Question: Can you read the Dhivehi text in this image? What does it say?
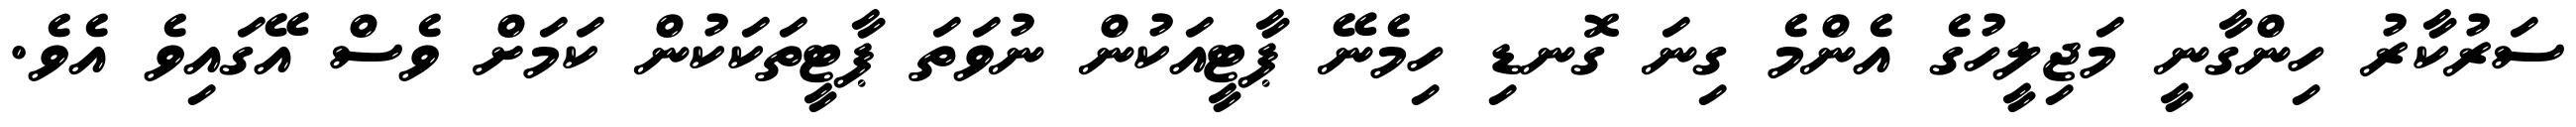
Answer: ސަރުކާރު ހިންގާނީ މަޖިލީހުގެ އެންމެ ގިނަ ގޮނޑި ހިމެނޭ ޕާޓީއަކުން ނުވަތަ ޕާޓީތަކަކުން ކަމަށް ވެސް އޭގައިވެ އެވެ.